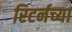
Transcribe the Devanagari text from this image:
रिटर्नच्या